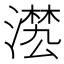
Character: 𣽕